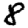
Digit: 8